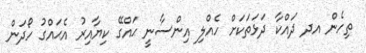
ތިހެން އދ ދައްކާ ދަޅަތަކަށް ހެއްލި އިންސާނީ ޙައްގޭ ކިޔާއިރު އެޙައްގު ހޯދަން